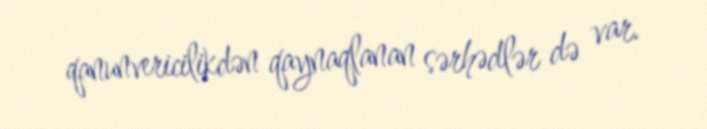
qanunvericilikdən qaynaqlanan sərhədlər də var.